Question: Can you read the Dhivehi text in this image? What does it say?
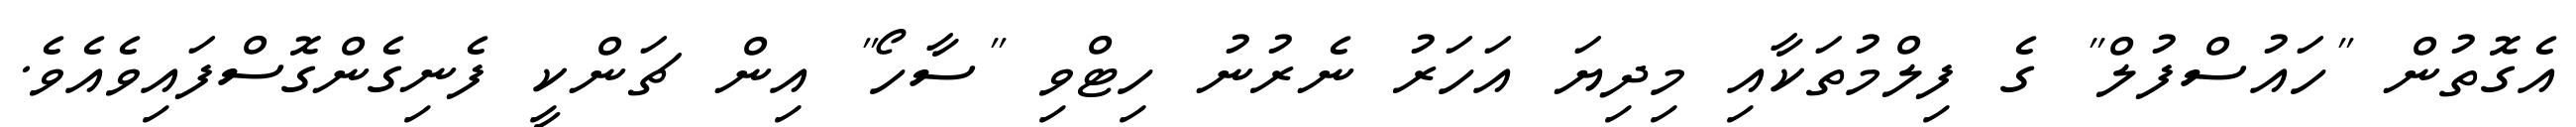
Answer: އެގޮތުން "ހައުސްފުލް" ގެ ފިލްމުތަކާއި މިދިޔަ އަހަރު ނެރުނު ހިޓްވި "ސާހޯ" އިން ޗަންކީ ފެނިގެންގޮސްފައިވެއެވެ.